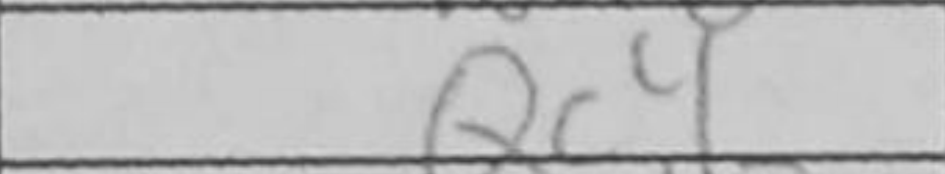
Transcription: Qc4